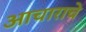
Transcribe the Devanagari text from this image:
आचाराचे